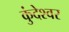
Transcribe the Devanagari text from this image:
कुंदेश्वर